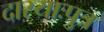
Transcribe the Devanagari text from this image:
दास्याःपुत्र